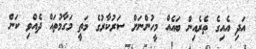
އަދި އެއިގެ ތެރެއިން ބައެއް މީހުންނަށް ސަރުކާރުގެ މަތީ މަގާމުތައް ދެއްވި ކަން